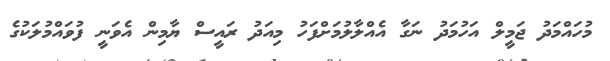
މުހައްމަދު ޖަމީލް އަހުމަދު ނަގާ އެއްލާލުމަށްފަހު މިއަދު ރައީސް ޔާމިން އެވަނީ ފުވައްމުލަކުގެ